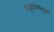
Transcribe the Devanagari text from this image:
षट्कोणनुमा